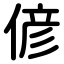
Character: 偐